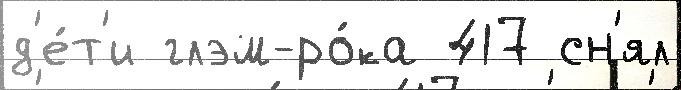
д'е́т'и глэм-ро́ка 417 сн'ял